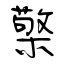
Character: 檠